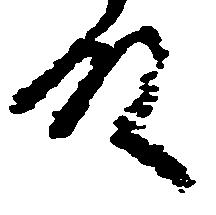
殿